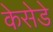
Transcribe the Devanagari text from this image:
केसेडे